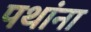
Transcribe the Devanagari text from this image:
पथांना